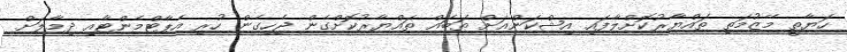
ހަޔާތީ މޭޒުމަތި ތައްޔާރުކޮށްލާފައި އިޝްކަންއަށް ތަބައް ތައްޔާރުކޮށްގެން ޖެހިގެން ހުރި އެޕާޓްމެންޓާއި ދިމާލަށް